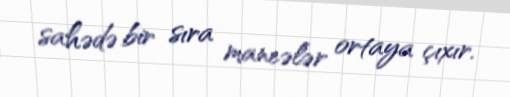
sahədə bir sıra maneələr ortaya çıxır.